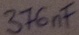
Text: 376nF